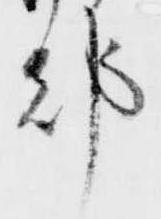
都